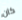
كان